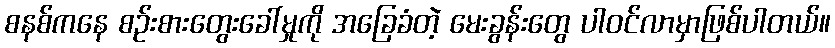
စနစ်ကနေ စဉ်းစားတွေးခေါ်မှုကို အခြေခံတဲ့ မေးခွန်းတွေ ပါဝင်လာမှာဖြစ်ပါတယ်။